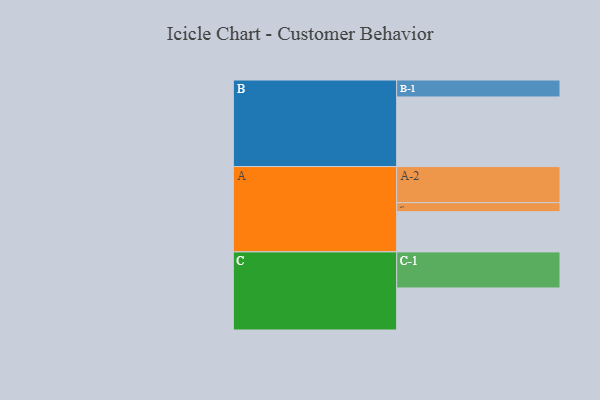
{"axis": {"x": "Segment", "y": "Value"}, "legend": ["", "A", "B", "C"], "data": [{"x": "A", "y": 318, "type": ""}, {"x": "B", "y": 550, "type": ""}, {"x": "C", "y": 332, "type": ""}, {"x": "A-1", "y": 71, "type": "A"}, {"x": "A-2", "y": 285, "type": "A"}, {"x": "B-1", "y": 134, "type": "B"}, {"x": "C-1", "y": 285, "type": "C"}]}